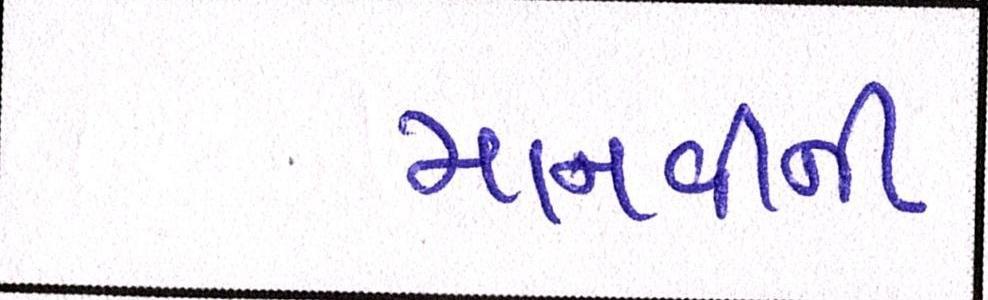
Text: માનવીની